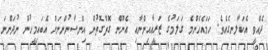
ދެއްވީ އެކަލާނގެއެވެ. ހަމައެހެންމެ ގަލަމުގެ ޒަރީޢާއިންނާއި އެނޫން ގޮތްގޮތުން އިންސާނުންނަށް އެބައިމީހުން ނުދަންނަ